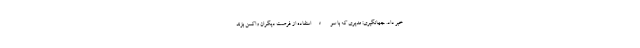
خبر داد. جهانگیری: مدیری که با سوءاستفاده از فرصت دیگران واکسن بزند